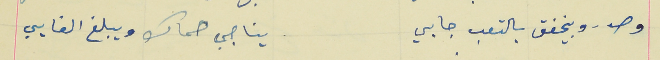
وصدرو بيخفق بالتعب جايي                                    يناجي حماك ويبلغ الغايي